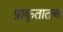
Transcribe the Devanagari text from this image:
प्राकृतातच